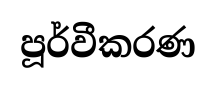
පූර්වීකරණ